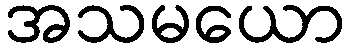
အသမယော